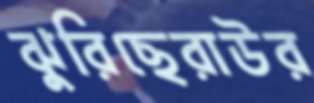
ঝুরিছেরাউর